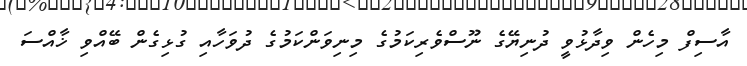
އާސިފް މިހެން ވިދާޅުވީ ދުނިޔޭގެ ނޫސްވެރިކަމުގެ މިނިވަންކަމުގެ ދުވަހާއި ގުޅިގެން ބޭއްވި ޚާއްސަ